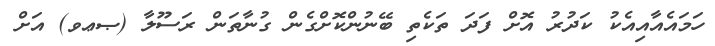
ހަމައެއާއިއެކު ކަދުރު އޮށް ފަދަ ތަކެތި ބޭނުންކޮށްގެން ގުނާތަން ރަސޫލާ (ޞޢވ) އަށް